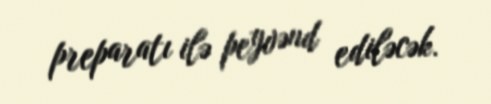
preparatı ilə peyvənd ediləcək.